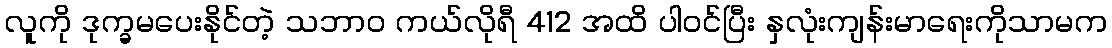
လူကို ဒုက္ခမပေးနိုင်တဲ့ သဘာ၀ ကယ်လိုရီ 412 အထိ ပါဝင်ပြီး နှလုံးကျန်းမာရေးကိုသာမက